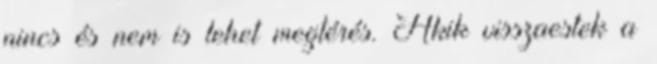
nincs és nem is lehet megtérés. Akik visszaestek a